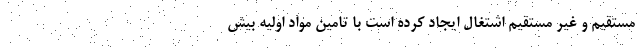
مستقیم و غیر مستقیم اشتغال ایجاد کرده است با تامین مواد اولیه بیش